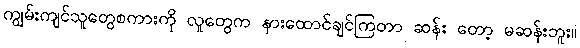
ကျွမ်းကျင်သူတွေစကားကို လူတွေက နားထောင်ချင်ကြတာ ဆန်း တော့ မဆန်းဘူး။